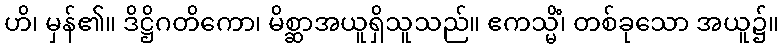
ဟိ၊ မှန်၏။ ဒိဋ္ဌိဂတိကော၊ မိစ္ဆာအယူရှိသူသည်။ ဧကသ္မိံ၊ တစ်ခုသော အယူ၌။